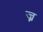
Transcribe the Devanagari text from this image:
ज्न